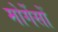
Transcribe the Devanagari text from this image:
मोर्गेसों